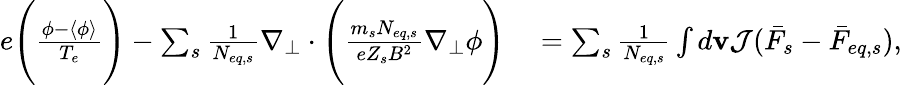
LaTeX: \begin{array}{rl}{e\Bigg(\frac{\phi-\langle\phi\rangle}{T_{e}}\Bigg)-\sum_{s}\frac{1}{N_{eq,s}}\nabla_{\perp}\cdot\Bigg(\frac{m_{s}N_{eq,s}}{eZ_{s}B^{2}}\nabla_{\perp}\phi\Bigg)}&{{}=\sum_{s}\frac{1}{N_{eq,s}}\int d\mathbf{v}\mathcal{J}(\bar{F}_{s}-\bar{F}_{eq,s}),}\end{array}